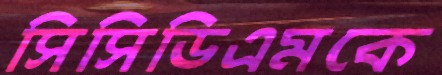
সিসিডিএমকে